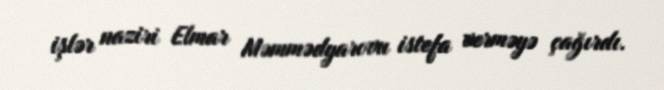
işlər naziri Elmar Məmmədyarovu istefa verməyə çağırdı.